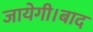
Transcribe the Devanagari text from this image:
जायेगी।बाद